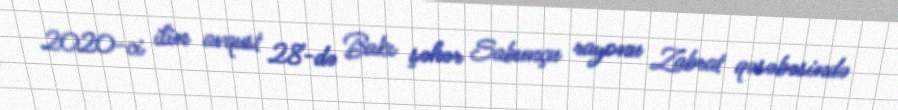
2020-ci ilin avqust 28-də Bakı şəhər Sabunçu rayonu Zabrat qəsəbəsində